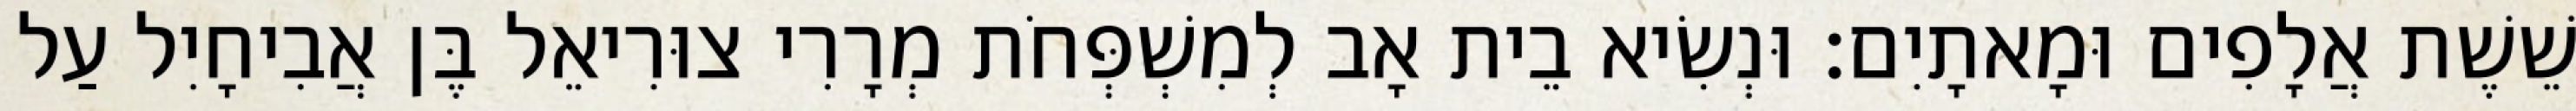
שֵׁשֶׁת אֲלָפִים וּמָאתָיִם׃ וּנְשִׂיא בֵית אָב לְמִשְׁפְּחֹת מְרָרִי צוּרִיאֵל בֶּן אֲבִיחָיִל עַל